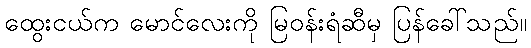
ထွေးငယ်က မောင်လေးကို မြဝန်းရံဆီမှ ပြန်ခေါ်သည်။